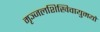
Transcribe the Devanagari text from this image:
मृञ्जलशिखिवायुमयो